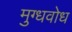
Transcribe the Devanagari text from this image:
मुग्धवोध